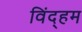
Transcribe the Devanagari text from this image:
विंद्हम